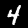
Label: 4